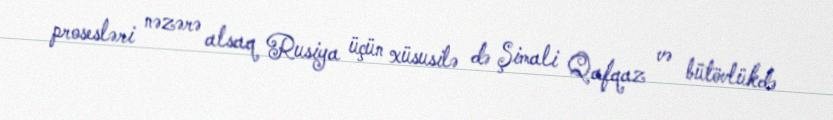
prosesləri nəzərə alsaq Rusiya üçün xüsusilə də Şimali Qafqaz və bütövlükdə